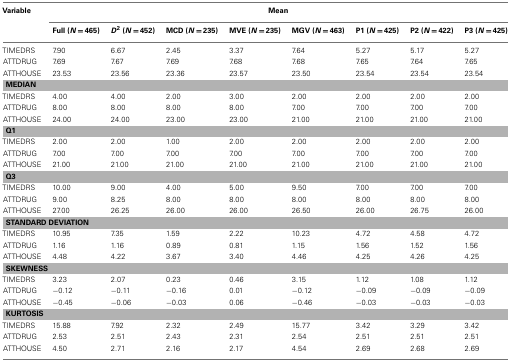
<table><thead><tr><td><b>Variable</b></td><td colspan="8"><b>Mean</b></td></tr><tr><td></td><td><b>Full (<i>N</i> = 465)</b></td><td><b><i>D</i><sup>2</sup> (<i>N</i> = 452)</b></td><td><b>MCD (<i>N</i> = 235)</b></td><td><b>MVE (<i>N</i> = 235)</b></td><td><b>MGV (<i>N</i> = 463)</b></td><td><b>P1 (<i>N</i> = 425)</b></td><td><b>P2 (<i>N</i> = 422)</b></td><td><b>P3 (<i>N</i> = 425)</b></td></tr></thead><tbody><tr><td>TIMEDRS</td><td>7.90</td><td>6.67</td><td>2.45</td><td>3.37</td><td>7.64</td><td>5.27</td><td>5.17</td><td>5.27</td></tr><tr><td>ATTDRUG</td><td>7.69</td><td>7.67</td><td>7.69</td><td>7.68</td><td>7.68</td><td>7.65</td><td>7.64</td><td>7.65</td></tr><tr><td>ATTHOUSE</td><td>23.53</td><td>23.56</td><td>23.36</td><td>23.57</td><td>23.50</td><td>23.54</td><td>23.54</td><td>23.54</td></tr><tr><td colspan="9"><b>MEDIAN</b></td></tr><tr><td>TIMEDRS</td><td>4.00</td><td>4.00</td><td>2.00</td><td>3.00</td><td>2.00</td><td>2.00</td><td>2.00</td><td>2.00</td></tr><tr><td>ATTDRUG</td><td>8.00</td><td>8.00</td><td>8.00</td><td>8.00</td><td>7.00</td><td>7.00</td><td>7.00</td><td>7.00</td></tr><tr><td>ATTHOUSE</td><td>24.00</td><td>24.00</td><td>23.00</td><td>23.00</td><td>21.00</td><td>21.00</td><td>21.00</td><td>21.00</td></tr><tr><td colspan="9"><b>Q1</b></td></tr><tr><td>TIMEDRS</td><td>2.00</td><td>2.00</td><td>1.00</td><td>2.00</td><td>2.00</td><td>2.00</td><td>2.00</td><td>2.00</td></tr><tr><td>ATTDRUG</td><td>7.00</td><td>7.00</td><td>7.00</td><td>7.00</td><td>7.00</td><td>7.00</td><td>7.00</td><td>7.00</td></tr><tr><td>ATTHOUSE</td><td>21.00</td><td>21.00</td><td>21.00</td><td>21.00</td><td>21.00</td><td>21.00</td><td>21.00</td><td>21.00</td></tr><tr><td colspan="9"><b>Q3</b></td></tr><tr><td>TIMEDRS</td><td>10.00</td><td>9.00</td><td>4.00</td><td>5.00</td><td>9.50</td><td>7.00</td><td>7.00</td><td>7.00</td></tr><tr><td>ATTDRUG</td><td>9.00</td><td>8.25</td><td>8.00</td><td>8.00</td><td>8.00</td><td>8.00</td><td>8.00</td><td>8.00</td></tr><tr><td>ATTHOUSE</td><td>27.00</td><td>26.25</td><td>26.00</td><td>26.00</td><td>26.50</td><td>26.00</td><td>26.75</td><td>26.00</td></tr><tr><td colspan="9"><b>STANDARD DEVIATION</b></td></tr><tr><td>TIMEDRS</td><td>10.95</td><td>7.35</td><td>1.59</td><td>2.22</td><td>10.23</td><td>4.72</td><td>4.58</td><td>4.72</td></tr><tr><td>ATTDRUG</td><td>1.16</td><td>1.16</td><td>0.89</td><td>0.81</td><td>1.15</td><td>1.56</td><td>1.52</td><td>1.56</td></tr><tr><td>ATTHOUSE</td><td>4.48</td><td>4.22</td><td>3.67</td><td>3.40</td><td>4.46</td><td>4.25</td><td>4.26</td><td>4.25</td></tr><tr><td colspan="9"><b>SKEWNESS</b></td></tr><tr><td>TIMEDRS</td><td>3.23</td><td>2.07</td><td>0.23</td><td>0.46</td><td>3.15</td><td>1.12</td><td>1.08</td><td>1.12</td></tr><tr><td>ATTDRUG</td><td>−0.12</td><td>−0.11</td><td>−0.16</td><td>0.01</td><td>−0.12</td><td>−0.09</td><td>−0.09</td><td>−0.09</td></tr><tr><td>ATTHOUSE</td><td>−0.45</td><td>−0.06</td><td>−0.03</td><td>0.06</td><td>−0.46</td><td>−0.03</td><td>−0.03</td><td>−0.03</td></tr><tr><td colspan="9"><b>KURTOSIS</b></td></tr><tr><td>TIMEDRS</td><td>15.88</td><td>7.92</td><td>2.32</td><td>2.49</td><td>15.77</td><td>3.42</td><td>3.29</td><td>3.42</td></tr><tr><td>ATTDRUG</td><td>2.53</td><td>2.51</td><td>2.43</td><td>2.31</td><td>2.54</td><td>2.51</td><td>2.51</td><td>2.51</td></tr><tr><td>ATTHOUSE</td><td>4.50</td><td>2.71</td><td>2.16</td><td>2.17</td><td>4.54</td><td>2.69</td><td>2.68</td><td>2.69</td></tr></tbody></table>